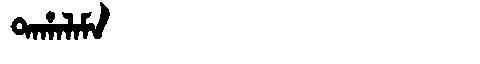
Manchu: ᡨᠠᡥᠠᠯᠠᠮᠠ
Romanization: TAHALAMA